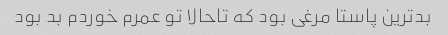
بدترین پاستا مرغی بود که تاحالا تو عمرم خوردم بد بود